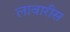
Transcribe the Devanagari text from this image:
लावारीस